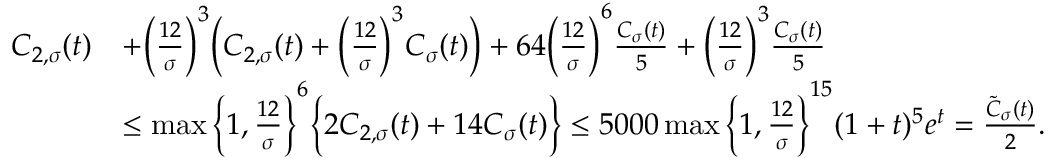
\begin{array} { r l } { C _ { 2 , \sigma } ( t ) } & { + \Big ( \frac { 1 2 } { \sigma } \Big ) ^ { 3 } \Big ( C _ { 2 , \sigma } ( t ) + \Big ( \frac { 1 2 } { \sigma } \Big ) ^ { 3 } C _ { \sigma } ( t ) \Big ) + 6 4 \bigg ( \frac { 1 2 } { \sigma } \bigg ) ^ { 6 } \frac { C _ { \sigma } ( t ) } { 5 } + \Big ( \frac { 1 2 } { \sigma } \Big ) ^ { 3 } \frac { C _ { \sigma } ( t ) } { 5 } } \\ & { \leq \operatorname* { m a x } \bigg \{ 1 , \frac { 1 2 } { \sigma } \bigg \} ^ { 6 } \bigg \{ 2 C _ { 2 , \sigma } ( t ) + 1 4 C _ { \sigma } ( t ) \bigg \} \leq 5 0 0 0 \operatorname* { m a x } \bigg \{ 1 , \frac { 1 2 } { \sigma } \bigg \} ^ { 1 5 } ( 1 + t ) ^ { 5 } e ^ { t } = \frac { \tilde { C } _ { \sigma } ( t ) } { 2 } . } \end{array}